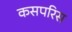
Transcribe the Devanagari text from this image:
कसपरिस